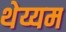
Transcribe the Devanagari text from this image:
थेय्यम